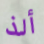
ألذ